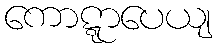
ကောဋ္ဋာပေယျ